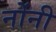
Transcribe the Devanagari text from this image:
नोंनी